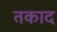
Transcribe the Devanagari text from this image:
तकाद